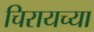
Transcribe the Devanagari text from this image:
चिरायच्या